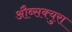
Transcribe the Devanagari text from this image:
औब्सक्युरा